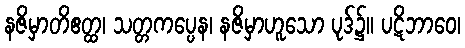
နဇိမှာတိဧတ္ထ၊ သတ္တကပ္ပေန၊ နဇိမှာဟူသော ပုဒ်၌။ ပဋိဘာဝေ၊